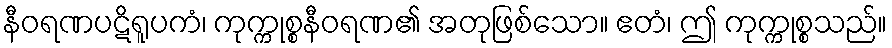
နီဝရဏပဋိရူပကံ၊ ကုက္ကုစ္စနီဝရဏ၏ အတုဖြစ်သော။ ဧတံ၊ ဤ ကုက္ကုစ္စသည်။